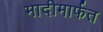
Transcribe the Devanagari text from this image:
मादीमार्फत